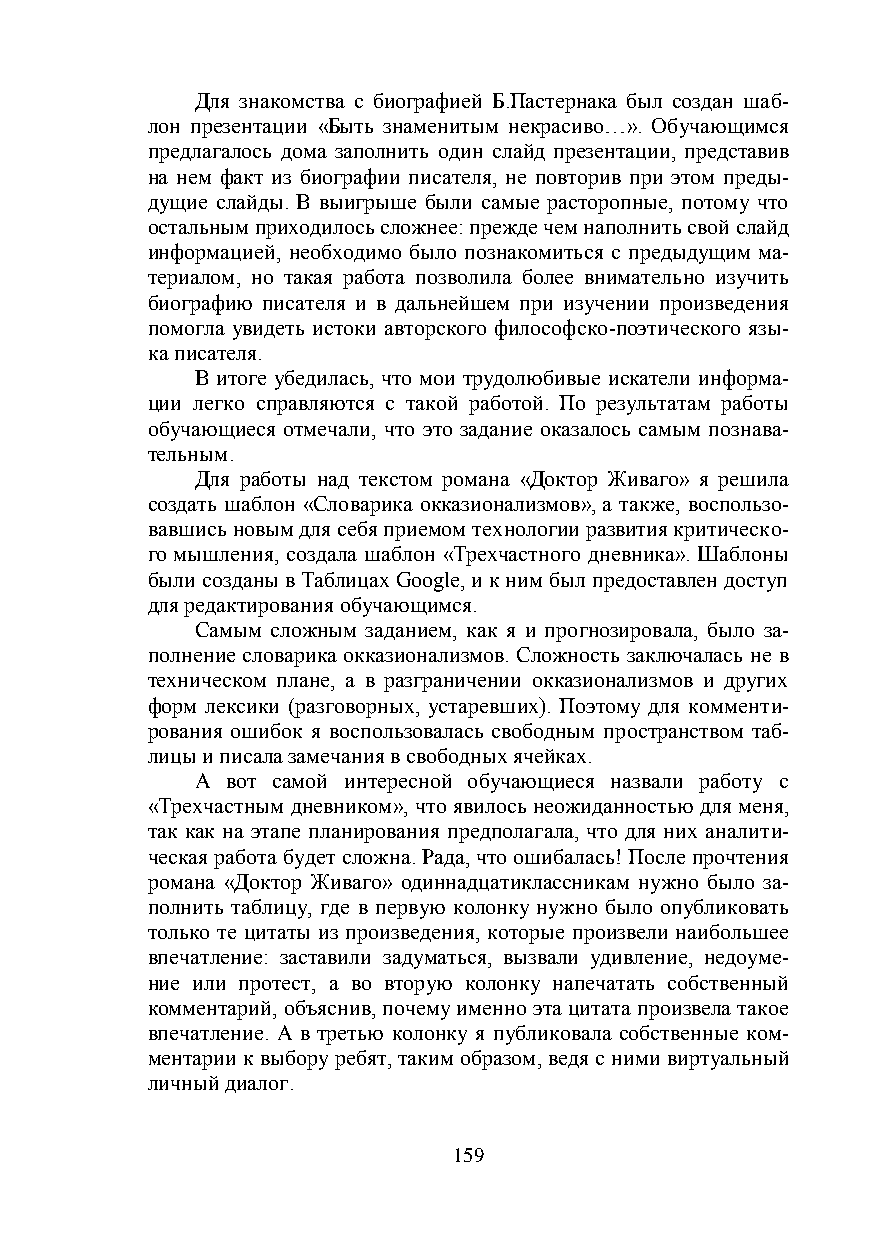
Для знакомства с биографией Б.Пастернака был создан шаб-
 лон презентации «Быть знаменитым некрасиво…». Обучающимся
 предлагалось дома заполнить один слайд презентации, представив
 на нем факт из биографии писателя, не повторив при этом преды-
 дущие слайды. В выигрыше были самые расторопные, потому что
 остальным приходилось сложнее: прежде чем наполнить свой слайд
 информацией, необходимо было познакомиться с предыдущим ма-
 териалом, но такая работа позволила более внимательно изучить
 биографию писателя и в дальнейшем при изучении произведения
 помогла увидеть истоки авторского философско-поэтического язы-
 ка писателя.
 В итоге убедилась, что мои трудолюбивые искатели информа-
 ции легко справляются с такой работой. По результатам работы
 обучающиеся отмечали, что это задание оказалось самым познава-
 тельным.
 Для работы над текстом романа «Доктор Живаго» я решила
 создать шаблон «Словарика окказионализмов», а также, воспользо-
 вавшись новым для себя приемом технологии развития критическо-
 го мышления, создала шаблон «Трехчастного дневника». Шаблоны
 были созданы в Таблицах Google, и к ним был предоставлен доступ
 для редактирования обучающимся.
 Самым сложным заданием, как я и прогнозировала, было за-
 полнение словарика окказионализмов. Сложность заключалась не в
 техническом плане, а в разграничении окказионализмов и других
 форм лексики (разговорных, устаревших). Поэтому для комменти-
 рования ошибок я воспользовалась свободным пространством таб-
 лицы и писала замечания в свободных ячейках.
 А вот самой интересной обучающиеся назвали работу с
 «Трехчастным дневником», что явилось неожиданностью для меня,
 так как на этапе планирования предполагала, что для них аналити-
 ческая работа будет сложна. Рада, что ошибалась! После прочтения
 романа «Доктор Живаго» одиннадцатиклассникам нужно было за-
 полнить таблицу, где в первую колонку нужно было опубликовать
 только те цитаты из произведения, которые произвели наибольшее
 впечатление: заставили задуматься, вызвали удивление, недоуме-
 ние или протест, а во вторую колонку напечатать собственный
 комментарий, объяснив, почему именно эта цитата произвела такое
 впечатление. А в третью колонку я публиковала собственные ком-
 ментарии к выбору ребят, таким образом, ведя с ними виртуальный
 личный диалог.
 159